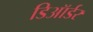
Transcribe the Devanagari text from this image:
डिऑर्डर